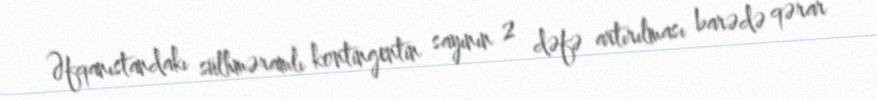
Əfqanıstandakı sülhməramlı kontingentin sayının 2 dəfə artırılması barədə qərar